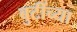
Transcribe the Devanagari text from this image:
बुटींच्या